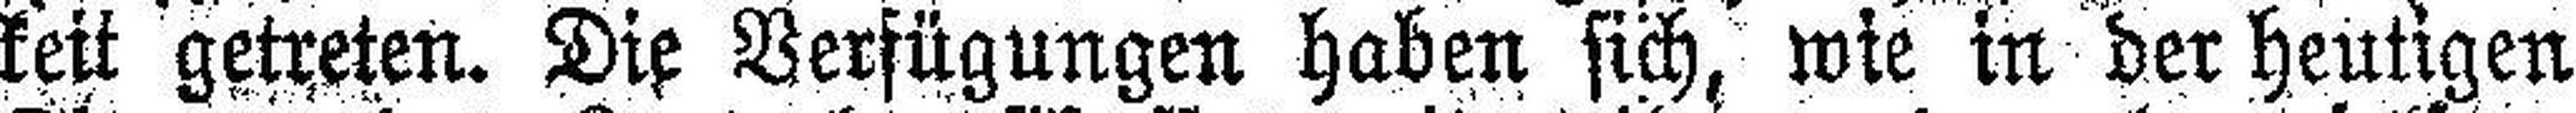
keit getreten. Die Verfügungen haben sich, wie in der heutigen